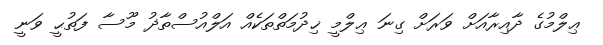
ޢިލްމުގެ ދާއިރާއަށް ވަރަށް ގިނަ ޢިލްމީ ޚިދުމަތްތަކެއް އަލްއުސްތާޛު މޫސާ ފަތުޙީ ވަނީ